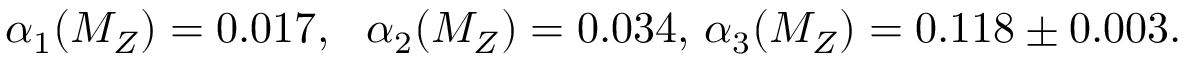
\alpha _ { 1 } ( M _ { Z } ) = 0 . 0 1 7 , \ \ \alpha _ { 2 } ( M _ { Z } ) = 0 . 0 3 4 , \, \alpha _ { 3 } ( M _ { Z } ) = 0 . 1 1 8 \pm 0 . 0 0 3 .